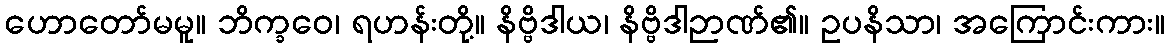
ဟောတော်မမူ။ ဘိက္ခဝေ၊ ရဟန်းတို့။ နိဗ္ဗိဒါယ၊ နိဗ္ဗိဒါဉာဏ်၏။ ဥပနိသာ၊ အကြောင်းကား။